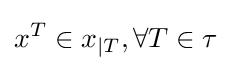
x^{T}\in x_{|T},\forall T\in \tau